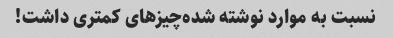
نسبت به موارد نوشته شده‌چیز‌های کمتری داشت!